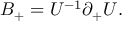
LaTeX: { \cal B } _ { + } = U ^ { - 1 } \partial _ { + } U .